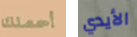
أحملك الأيدي